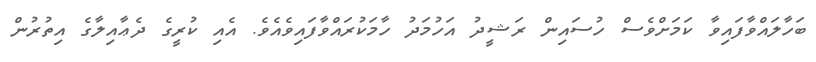
ބަހާލައްވާފައިވާ ކަމަށްވެސް ހުސައިން ރަޝީދު އަހުމަދު ހާމަކުރައްވާފައިވެއެވެ. އެއި ކުރީގެ ދެޢާއިލާގެ އިތުރުން